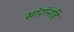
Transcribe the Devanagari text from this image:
सॉरॉनहि